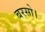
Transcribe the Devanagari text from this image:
बरसो।